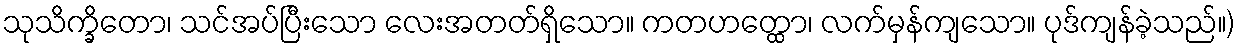
သုသိက္ခိတော၊ သင်အပ်ပြီးသော လေးအတတ်ရှိသော။ ကတဟတ္ထော၊ လက်မှန်ကျသော။ ပုဒ်ကျန်ခဲ့သည်။)